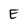
Character: E